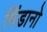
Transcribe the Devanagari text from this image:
मिंडानो